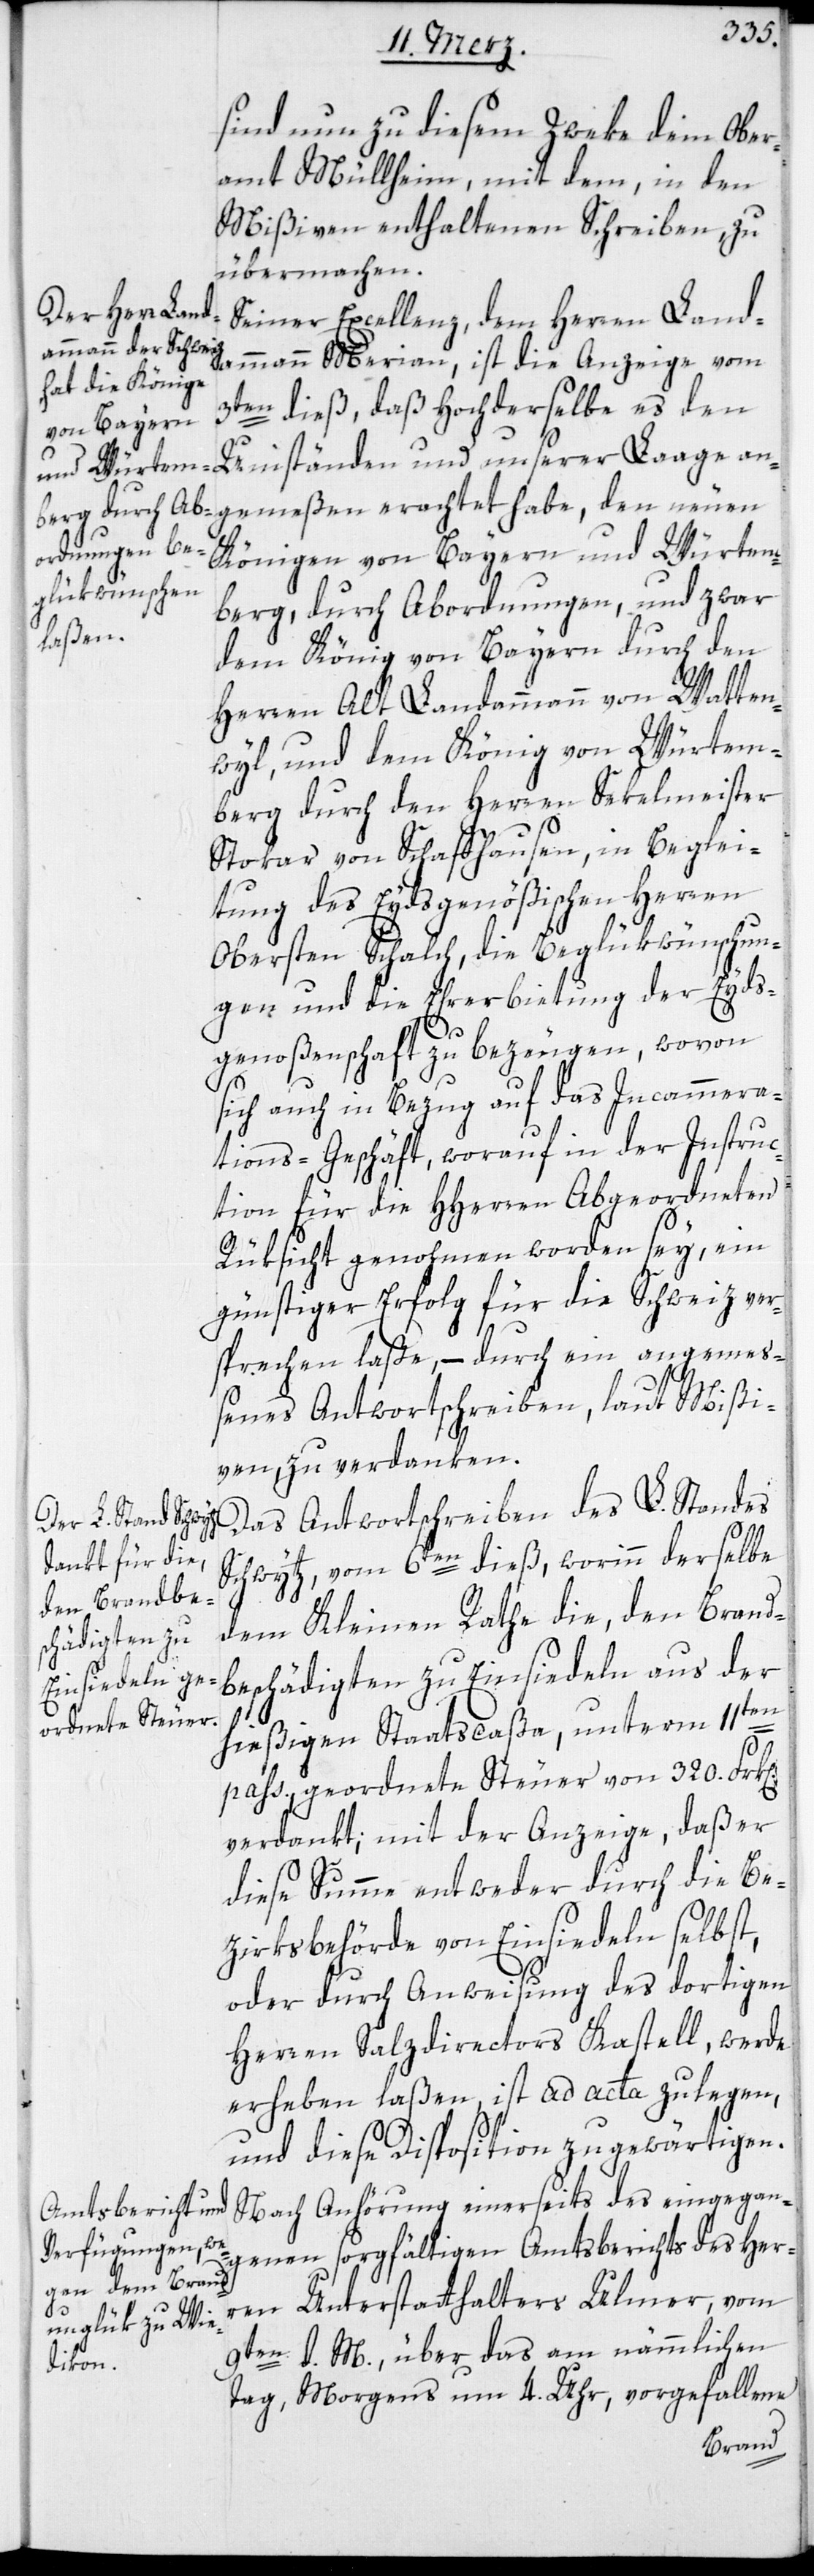
n].
sind nun zu diesem Zweke dem Ober¬
amt Müllheim, mit dem, in den
Mißiven enthaltenen Schreiben, zu
übermachen.
Seiner Excellenz, dem Herren Land¬
ammann Merian, ist die Anzeige vom
3ten dieß, daß Hochderselbe es den
Umständen und unserer Laage ang¬
Königen von Bayern und Würtem¬
berg durch Abordnungen, und zwar
emeßen
dem König von Bayern durch den
Herren Alt Landammann von Watten¬
wyl, und dem König von Würtem¬
berg durch den Herren Sekelmeister
Stokar von Schaffhausen, in Beglei¬
tung des Eydsgenößischen Herren
Obersten Schalch, die Beglükwünschun¬
gen und die Ehrerbietung der Eyds¬
genoßenschaft zu bezeugen, wovon
sich auch in Bezug auf das Incammera¬
tions-Geschäft, worauf in der Instruc¬
tion für die HHerren Abgeordneten
Rüksicht genohmen worden sey, ein
günstiger Erfolg für die Schweiz ver¬
sprechen laße, – durch ein angemeß¬
enes Antwortschreiben, laut Mißi¬
ven, zu verdanken.
Das Antwortschreiben des L. Standes
Schwytz vom 6ten dieß, worinn derselbe
dem Kleinen Rathe die, den Brand¬
beschädigten zu Einsiedeln aus der
hießigen Staatscaßa, unterm 11ten
pass., geordnete Steuer von 320. Frk[e¬
verdankt; mit der Anzeige, daß er
diese Summe entweder durch die Be¬
zirksbehörde von Einsiedeln selbst,
oder durch Anweisung des dortigen
Herren Salzdirectors Kastell, werde
erheben laßen, ist ad acta zu legen,
und diese Disposition zu gewärtigen.
Nach Anhörung einerseits des eingegan¬
genen sorgfältigen Amtsbericht des Herr¬
en Unterstatthalters Ulmer, vom
9ten d. M. über das am nämmlichen
Tag, Morgens um 4. Uhr, vorgefallene